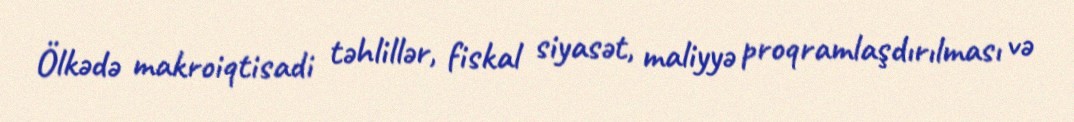
Ölkədə makroiqtisadi təhlillər, fiskal siyasət, maliyyə proqramlaşdırılması və